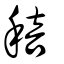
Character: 稖